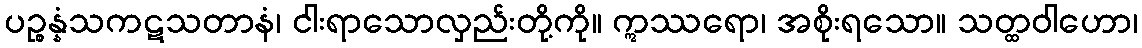
ပဉ္စန္နံသကဋသတာနံ၊ ငါးရာသောလှည်းတို့ကို။ ဣဿရော၊ အစိုးရသော။ သတ္ထဝါဟော၊